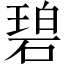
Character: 碧